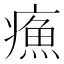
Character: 𤹿